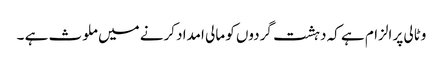
وٹالی پر الزام ہے کہ دہشت گردوں کو مالی امداد کرنے میں ملوث ہے ۔